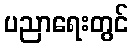
ပညာရေးတွင်